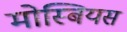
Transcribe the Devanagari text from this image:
मोस्बियस